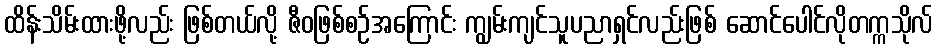
ထိန်းသိမ်းထားဖို့လည်း ဖြစ်တယ်လို့ ဇီဝဖြစ်စဉ်အကြောင်း ကျွမ်းကျင်သူပညာရှင်လည်းဖြစ် ဆောင်ပေါင်လိုတက္ကသိုလ်